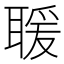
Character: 𦖵